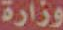
وزارة